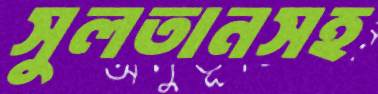
সুলতানসহ